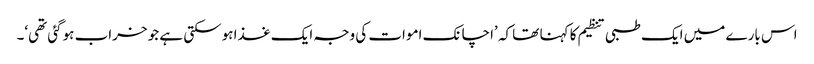
اس بارے میں ایک طبی تنظیم کا کہنا تھا کہ ’اچانک اموات کی وجہ ایک غذا ہوسکتی ہے جو خراب ہوگئی تھی‘۔